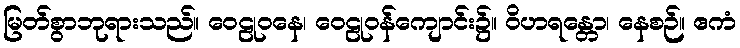
မြတ်စွာဘုရားသည်။ ဝေဠုဝနေ၊ ဝေဠုဝန်ကျောင်း၌။ ဝိဟရန္တော၊ နေစဉ်။ ဧကံ